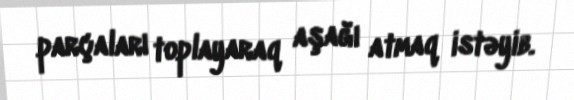
parçaları toplayaraq aşağı atmaq istəyib.